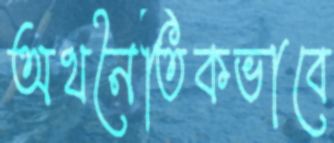
অথনৈতিকভাবে